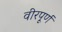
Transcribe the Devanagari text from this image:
वीरपूर्ण